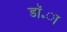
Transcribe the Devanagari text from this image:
डॉ॰ा